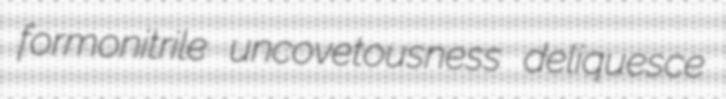
formonitrile uncovetousness deliquesce